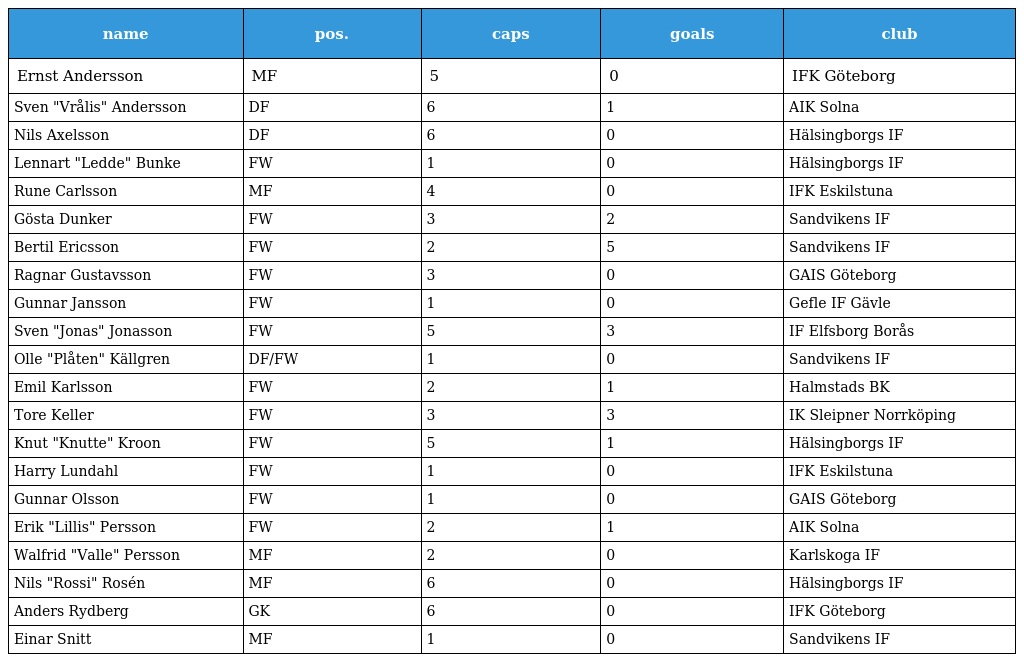
| name | pos. | caps | goals | club |
 | --- | --- | --- | --- | --- |
 | Ernst Andersson | MF | 5 | 0 | IFK Göteborg |
 | Sven "Vrålis" Andersson | DF | 6 | 1 | AIK Solna |
 | Nils Axelsson | DF | 6 | 0 | Hälsingborgs IF |
 | Lennart "Ledde" Bunke | FW | 1 | 0 | Hälsingborgs IF |
 | Rune Carlsson | MF | 4 | 0 | IFK Eskilstuna |
 | Gösta Dunker | FW | 3 | 2 | Sandvikens IF |
 | Bertil Ericsson | FW | 2 | 5 | Sandvikens IF |
 | Ragnar Gustavsson | FW | 3 | 0 | GAIS Göteborg |
 | Gunnar Jansson | FW | 1 | 0 | Gefle IF Gävle |
 | Sven "Jonas" Jonasson | FW | 5 | 3 | IF Elfsborg Borås |
 | Olle "Plåten" Källgren | DF/FW | 1 | 0 | Sandvikens IF |
 | Emil Karlsson | FW | 2 | 1 | Halmstads BK |
 | Tore Keller | FW | 3 | 3 | IK Sleipner Norrköping |
 | Knut "Knutte" Kroon | FW | 5 | 1 | Hälsingborgs IF |
 | Harry Lundahl | FW | 1 | 0 | IFK Eskilstuna |
 | Gunnar Olsson | FW | 1 | 0 | GAIS Göteborg |
 | Erik "Lillis" Persson | FW | 2 | 1 | AIK Solna |
 | Walfrid "Valle" Persson | MF | 2 | 0 | Karlskoga IF |
 | Nils "Rossi" Rosén | MF | 6 | 0 | Hälsingborgs IF |
 | Anders Rydberg | GK | 6 | 0 | IFK Göteborg |
 | Einar Snitt | MF | 1 | 0 | Sandvikens IF |